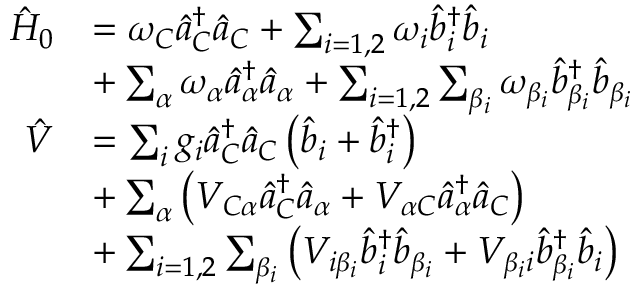
\begin{array} { r l } { \hat { H } _ { 0 } } & { = \omega _ { C } \hat { a } _ { C } ^ { \dagger } \hat { a } _ { C } + \sum _ { i = 1 , 2 } \omega _ { i } \hat { b } _ { i } ^ { \dagger } \hat { b } _ { i } } \\ & { + \sum _ { \alpha } \omega _ { \alpha } \hat { a } _ { \alpha } ^ { \dagger } \hat { a } _ { \alpha } + \sum _ { i = 1 , 2 } \sum _ { \beta _ { i } } \omega _ { \beta _ { i } } \hat { b } _ { \beta _ { i } } ^ { \dagger } \hat { b } _ { \beta _ { i } } } \\ { \hat { V } } & { = \sum _ { i } g _ { i } \hat { a } _ { C } ^ { \dagger } \hat { a } _ { C } \left( \hat { b } _ { i } + \hat { b } _ { i } ^ { \dagger } \right) } \\ & { + \sum _ { \alpha } \left( V _ { C \alpha } \hat { a } _ { C } ^ { \dagger } \hat { a } _ { \alpha } + V _ { \alpha C } \hat { a } _ { \alpha } ^ { \dagger } \hat { a } _ { C } \right) } \\ & { + \sum _ { i = 1 , 2 } \sum _ { \beta _ { i } } \left( V _ { i \beta _ { i } } \hat { b } _ { i } ^ { \dagger } \hat { b } _ { \beta _ { i } } + V _ { \beta _ { i } i } \hat { b } _ { \beta _ { i } } ^ { \dagger } \hat { b } _ { i } \right) } \end{array}